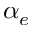
\alpha _ { e }